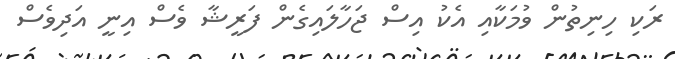
ރަކި ހިނިތުން ވުމަކާއި އެކު އިސް ޖަހާލައިގެން ފަރީޝާ ވެސް އިނީ އަދިވެސް